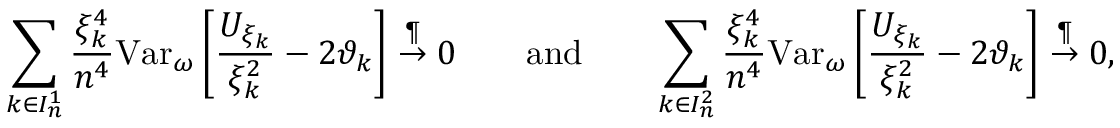
\sum _ { k \in { I _ { n } ^ { 1 } } } \frac { \xi _ { k } ^ { 4 } } { n ^ { 4 } } \mathrm { V a r } _ { \omega } \left[ \frac { U _ { \xi _ { k } } } { \xi _ { k } ^ { 2 } } - 2 \vartheta _ { k } \right] \overset { \P } { \to } 0 \qquad \mathrm { a n d } \qquad \sum _ { { k \in I _ { n } ^ { 2 } } } \frac { \xi _ { k } ^ { 4 } } { n ^ { 4 } } \mathrm { V a r } _ { \omega } \left[ \frac { U _ { \xi _ { k } } } { \xi _ { k } ^ { 2 } } - 2 \vartheta _ { k } \right] \overset { \P } { \to } 0 ,